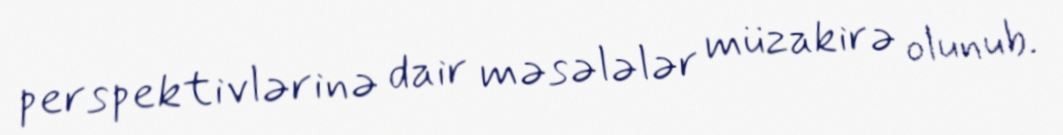
perspektivlərinə dair məsələlər müzakirə olunub.